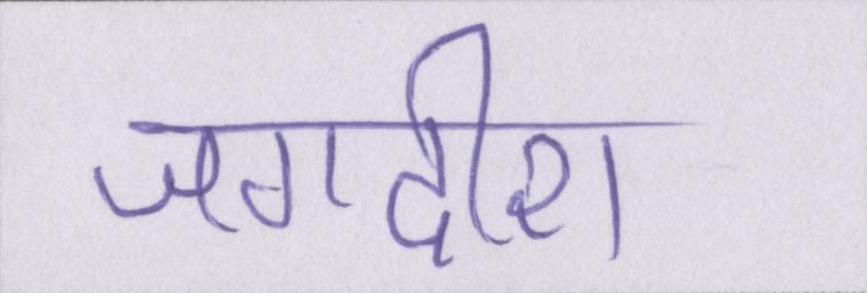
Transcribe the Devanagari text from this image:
जगदीश